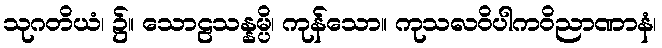
သုဂတိယံ၊ ၌။ သောဠသန္နမ္ပိ၊ ကုန်သော။ ကုသလဝိပါကဝိညာဏာနံ၊